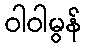
ဝါဝါမွန်